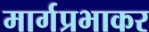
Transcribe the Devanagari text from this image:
मार्गप्रभाकर